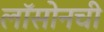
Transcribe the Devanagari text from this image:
लॉसोनची